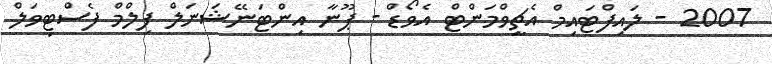
2007 - ލައިފްޓައިމް އެޗީވްމަންޓް އެވޯޑް - ޕޫނާ އިންޓަނޭޝަނަލް ފިލްމް ފެސްޓިވަލް